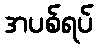
အပစ်ရပ်